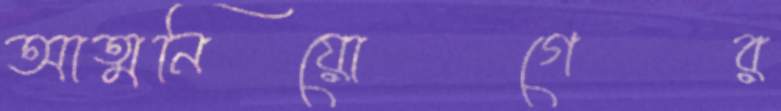
আত্মনিয়োগের